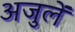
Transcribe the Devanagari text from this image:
अजुलें